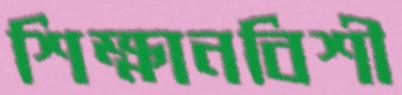
শিক্ষানবিশী